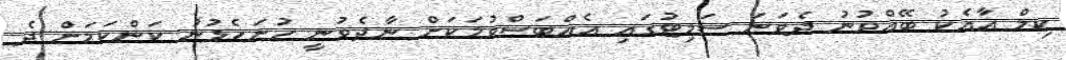
ކިމް އާއެކު ބޭއްވުނު ދެވަނަ ސަމިޓުގައި އެއްބަސްވުމަކަށް ނާދެވުނީ ހުށަހެޅުނު ކަންކަމަށް ދެ